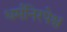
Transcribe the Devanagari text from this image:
धर्मंनिरपेक्ष